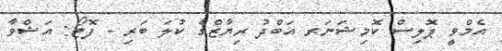
އެމްވީ ޕޮލިސް ކޮމިޝަނަރ އަބްދު ރިޔާޒްގެ ކުލަ ބަރި - ފޮޓޯ: އަޝްވާ